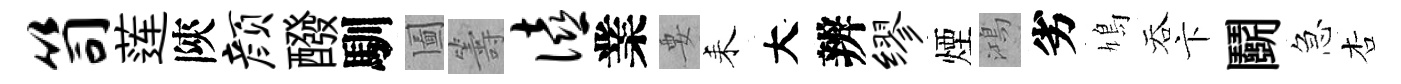
笥莲陝颜醱馴圗籌僖業要耒大辨缪煙鴻劣鳩吞卞鬬急杏